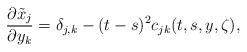
LaTeX: \begin{align*}\frac{\partial \tilde{x}_j}{\partial y_k}=\delta_{j,k}-(t-s)^2c_{jk}(t,s,y,\zeta),\end{align*}